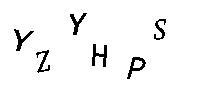
YZYHPS